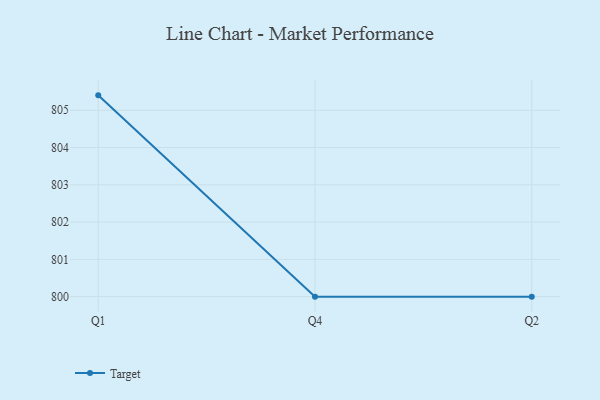
{"axis": {"x": "Quarter", "y": "Tickets Resolved"}, "legend": ["Target"], "data": [{"x": "Q1", "y": 805.4, "type": "Target"}, {"x": "Q4", "y": 800, "type": "Target"}, {"x": "Q2", "y": 800, "type": "Target"}]}